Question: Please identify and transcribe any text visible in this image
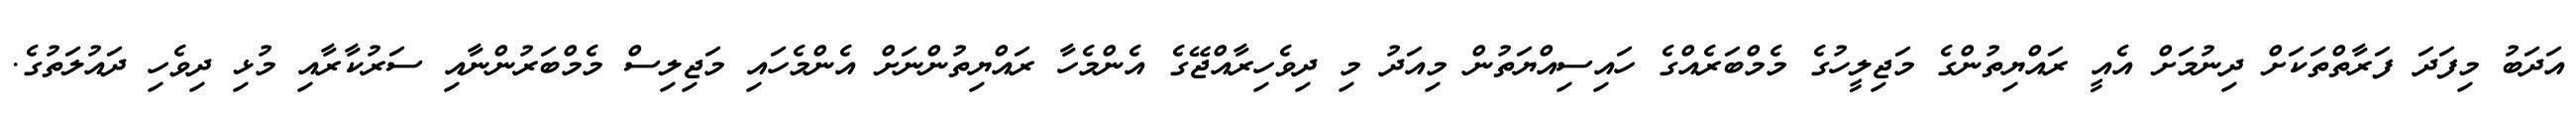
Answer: އަދަބު މިފަދަ ފަރާތްތަކަށް ދިނުމަށް އެއީ ރައްޔިތުންގެ މަޖިލީހުގެ މެމްބަރެއްގެ ހައިސިއްޔަތުން މިއަދު މި ދިވެހިރާއްޖޭގެ އެންމެހާ ރައްޔިތުންނަށް އެންމެހައި މަޖިލިސް މެމްބަރުންނާއި ސަރުކާރާއި މުޅި ދިވެހި ދައުލަތުގެ.